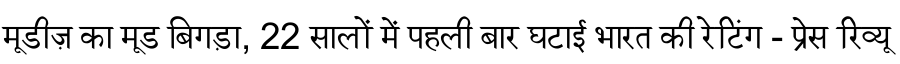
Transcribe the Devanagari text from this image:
मूडीज़ का मूड बिगड़ा, 22 सालों में पहली बार घटाई भारत की रेटिंग - प्रेस रिव्यू